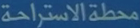
محطة الاستراحة